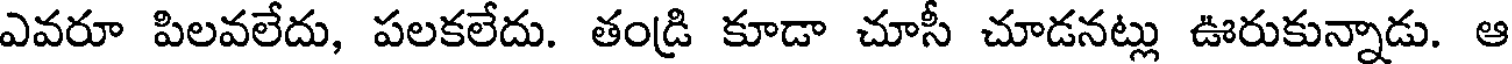
ఎవరూ పిలవలేదు, పలకలేదు. తండ్రి కూడా చూసీ చూడనట్లు ఊరుకున్నాడు. ఆ